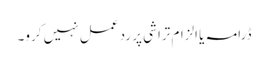
ڈرامہ یا الزام تراشی پر رد عمل نہیں کرو۔